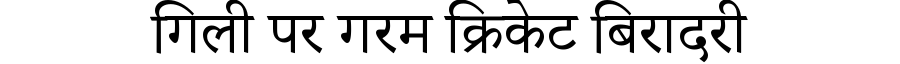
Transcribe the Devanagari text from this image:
गिली पर गरम क्रिकेट बिरादरी